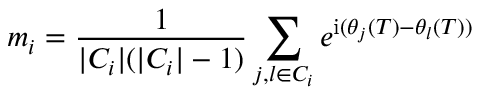
m _ { i } = \frac { 1 } { | C _ { i } | ( | C _ { i } | - 1 ) } \sum _ { j , l \in C _ { i } } e ^ { \mathrm { i } ( \theta _ { j } ( T ) - \theta _ { l } ( T ) ) }